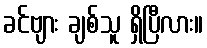
ခင်ဗျား ချစ်သူ ရှိပြီလား။